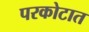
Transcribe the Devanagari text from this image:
परकोटात